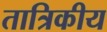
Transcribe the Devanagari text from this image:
तात्रिकीय